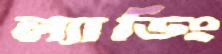
ল্যাডিং